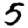
Digit: 5